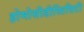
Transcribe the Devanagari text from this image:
होमोसीडीस्तिसिटी